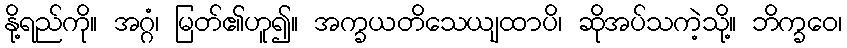
နို့ရည်ကို။ အဂ္ဂံ၊ မြတ်၏ဟူ၍။ အက္ခယတိသေယျထာပိ၊ ဆိုအပ်သကဲ့သို့။ ဘိက္ခဝေ၊